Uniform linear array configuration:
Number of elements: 4
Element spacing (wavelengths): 1
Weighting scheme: binomial
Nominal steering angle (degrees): -15
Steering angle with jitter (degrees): -13.718
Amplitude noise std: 0.05
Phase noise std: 0.05

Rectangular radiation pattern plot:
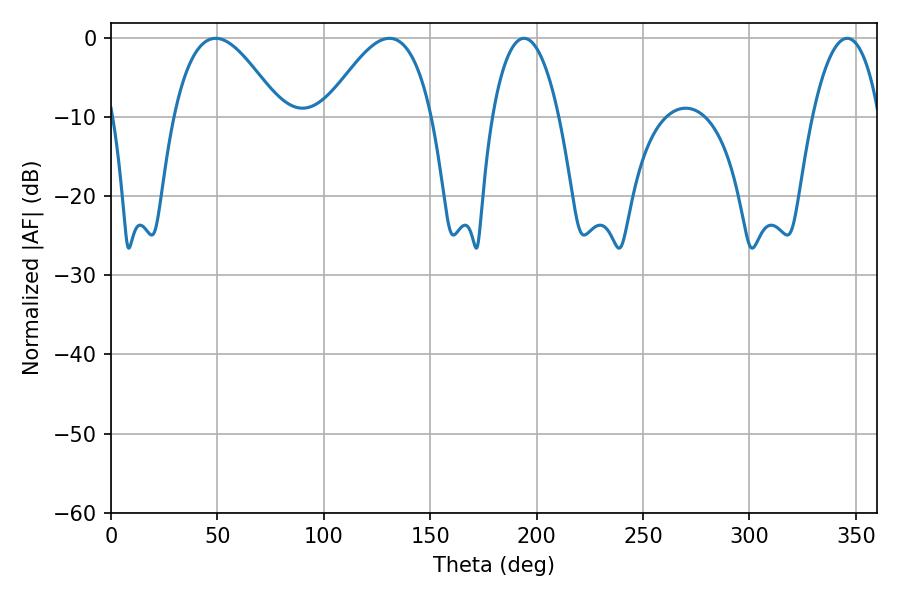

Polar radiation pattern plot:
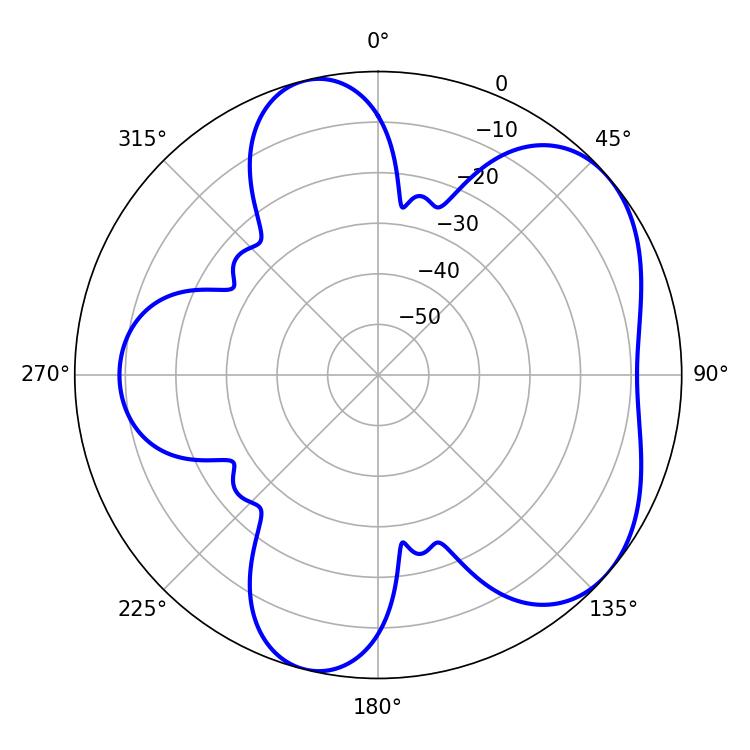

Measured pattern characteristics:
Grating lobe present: TRUE
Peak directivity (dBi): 5.139
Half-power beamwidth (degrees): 27.36
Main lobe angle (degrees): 49.14